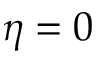
\eta = 0